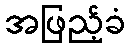
အဖြည့်ခံ